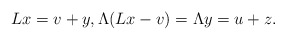
\begin{align*} L x = v + y, \Lambda(Lx-v)= \Lambda y = u + z. \end{align*}